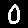
Digit: 0